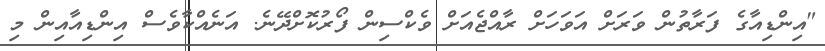
"އިންޑިއާގެ ފަރާތުން ވަރަށް އަވަހަށް ރާއްޖެއަށް ވެކްސިން ފޯރުކޮށްދޭނެ. އަނެއްކާވެސް އިންޑިއާއިން މި